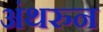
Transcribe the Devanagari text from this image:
अंथरुन